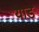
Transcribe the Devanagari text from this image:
याड